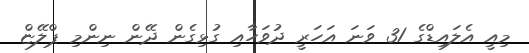
މިއީ އެލައިޑްގެ 31 ވަނަ އަަހަރީ ދުވަހާއި ގުޅިގެން ދޭން ނިންމި ޕްލޭޏް